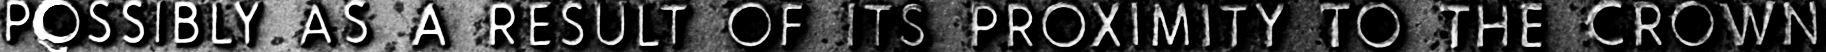
POSSIBLY AS A RESULT OF ITS PROXIMITY TO THE CROWN